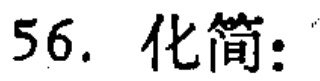
56. 化简：